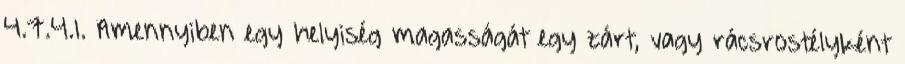
4.7.4.1. Amennyiben egy helyiség magasságát egy zárt, vagy rácsrostélyként